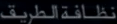
نظافةالطريق